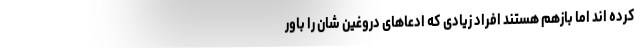
کرده اند اما بازهم هستند افراد زیادی که ادعاهای دروغین شان را باور